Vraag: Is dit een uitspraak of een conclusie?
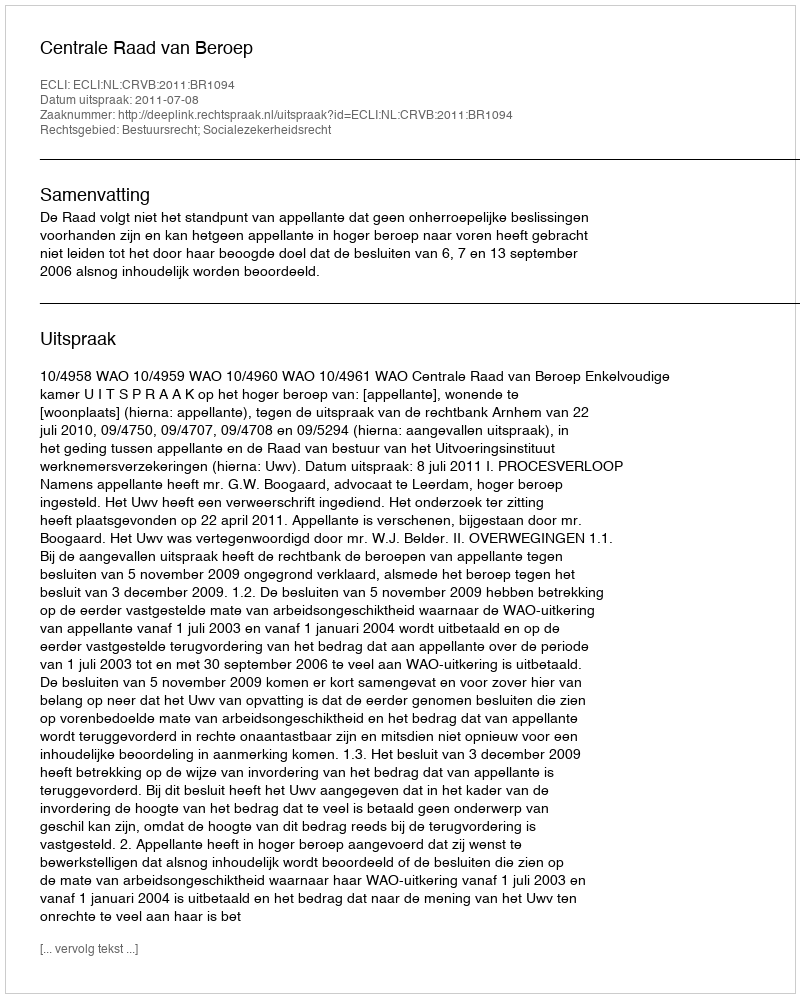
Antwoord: Uitspraak